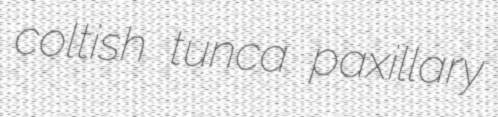
coltish tunca paxillary